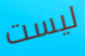
ليست